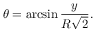
\theta = \arcsin { \frac { y } { R { \sqrt { 2 } } } } .